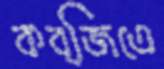
কব্জিতে